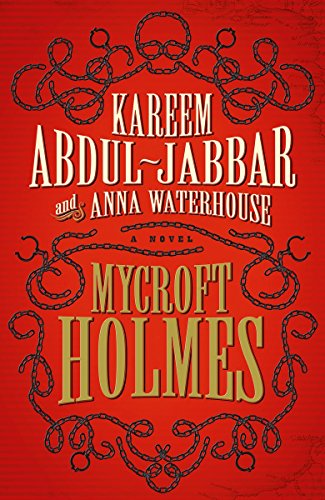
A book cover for Mycroft Holmes; Kareem Abdul-Jabbar; Mystery, Thriller & Suspense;